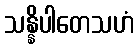
သန္နိပါတေသဟံ